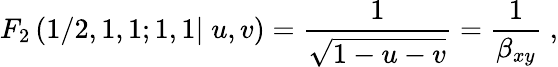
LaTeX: F_{2}\left(1/2,1,1;1,1|\; u,v\right)=\frac{1}{\sqrt{1-u-v}}=\frac{1}{\beta_{xy}}\; ,